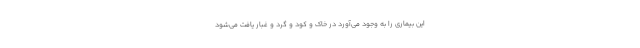
این بیماری را به وجود می‌آورد در خاک و کود و گرد و غبار یافت می‌شود